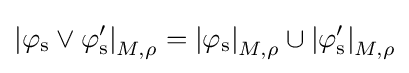
\mathrm {\left\vert \varphi _{s}\lor \varphi '_{s}\right\vert } _{M,\rho }=\mathrm {\left\vert \varphi _{s}\right\vert } _{M,\rho }\cup \mathrm {\left\vert \varphi '_{s}\right\vert } _{M,\rho }